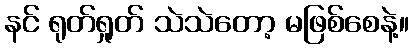
နင် ရုတ်ရှုတ် သဲသဲတော့ မဖြစ်စေနဲ့။